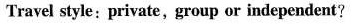
Travel style:private,group ar independent ?